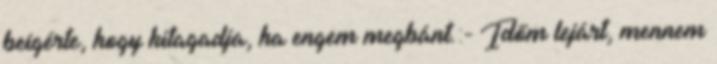
beígérte, hogy kitagadja, ha engem megbánt.:- Időm lejárt, mennem